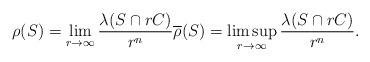
LaTeX: \begin{align*}\rho(S) = \lim_{r \to \infty} \frac{\lambda(S \cap r C)}{r^n} \overline\rho(S) = \limsup_{r \to \infty} \frac{\lambda(S \cap r C)}{r^n}.\end{align*}